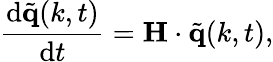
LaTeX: \frac{\mathrm{d}\tilde{\mathbf{q}}(k,t)}{\mathrm{d}t}=\mathbf{H}\cdot\tilde{\mathbf{q}}(k,t),